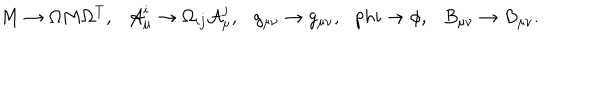
M \to \Omega M \Omega ^ { T } , \ \ \ { \cal A } _ { \mu } ^ { i } \to \Omega _ { i j } { \cal A } _ { \mu } ^ { j } , \ \ \ g _ { \mu \nu } \to g _ { \mu \nu } , \ \ \, p h i \to \phi , \ \ \ B _ { \mu \nu } \to B _ { \mu \nu } .